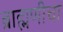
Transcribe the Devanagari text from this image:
ब्राह्मणीचा